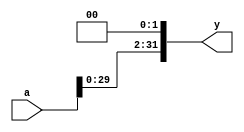
// Two-bit left shifter
module sl2(
	input	[31:0]	a,
	output	[31:0]	y );

	// shift left by 2
	assign y = {a[29:0], 2'b00};
endmodule